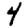
Digit: 4